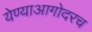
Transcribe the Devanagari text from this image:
येण्याआगोदरच